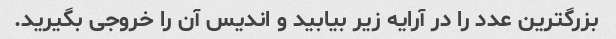
بزرگترین عدد را در آرایه زیر بیابید و اندیس آن را خروجی بگیرید.